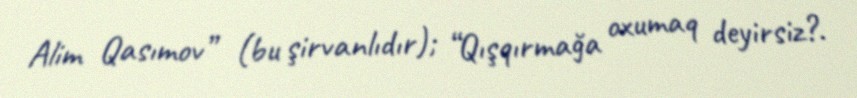
Alim Qasımov” (bu şirvanlıdır); “Qışqırmağa oxumaq deyirsiz?.